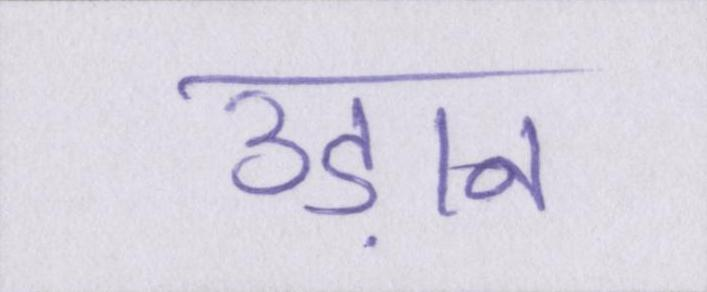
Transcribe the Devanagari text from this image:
उड़ान